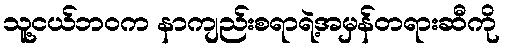
သူ့ငယ်ဘဝက နာကျည်းစရာရဲ့အမှန်တရားဆီကို